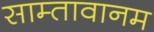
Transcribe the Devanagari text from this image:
साम्तावानम